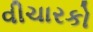
વીચારકો